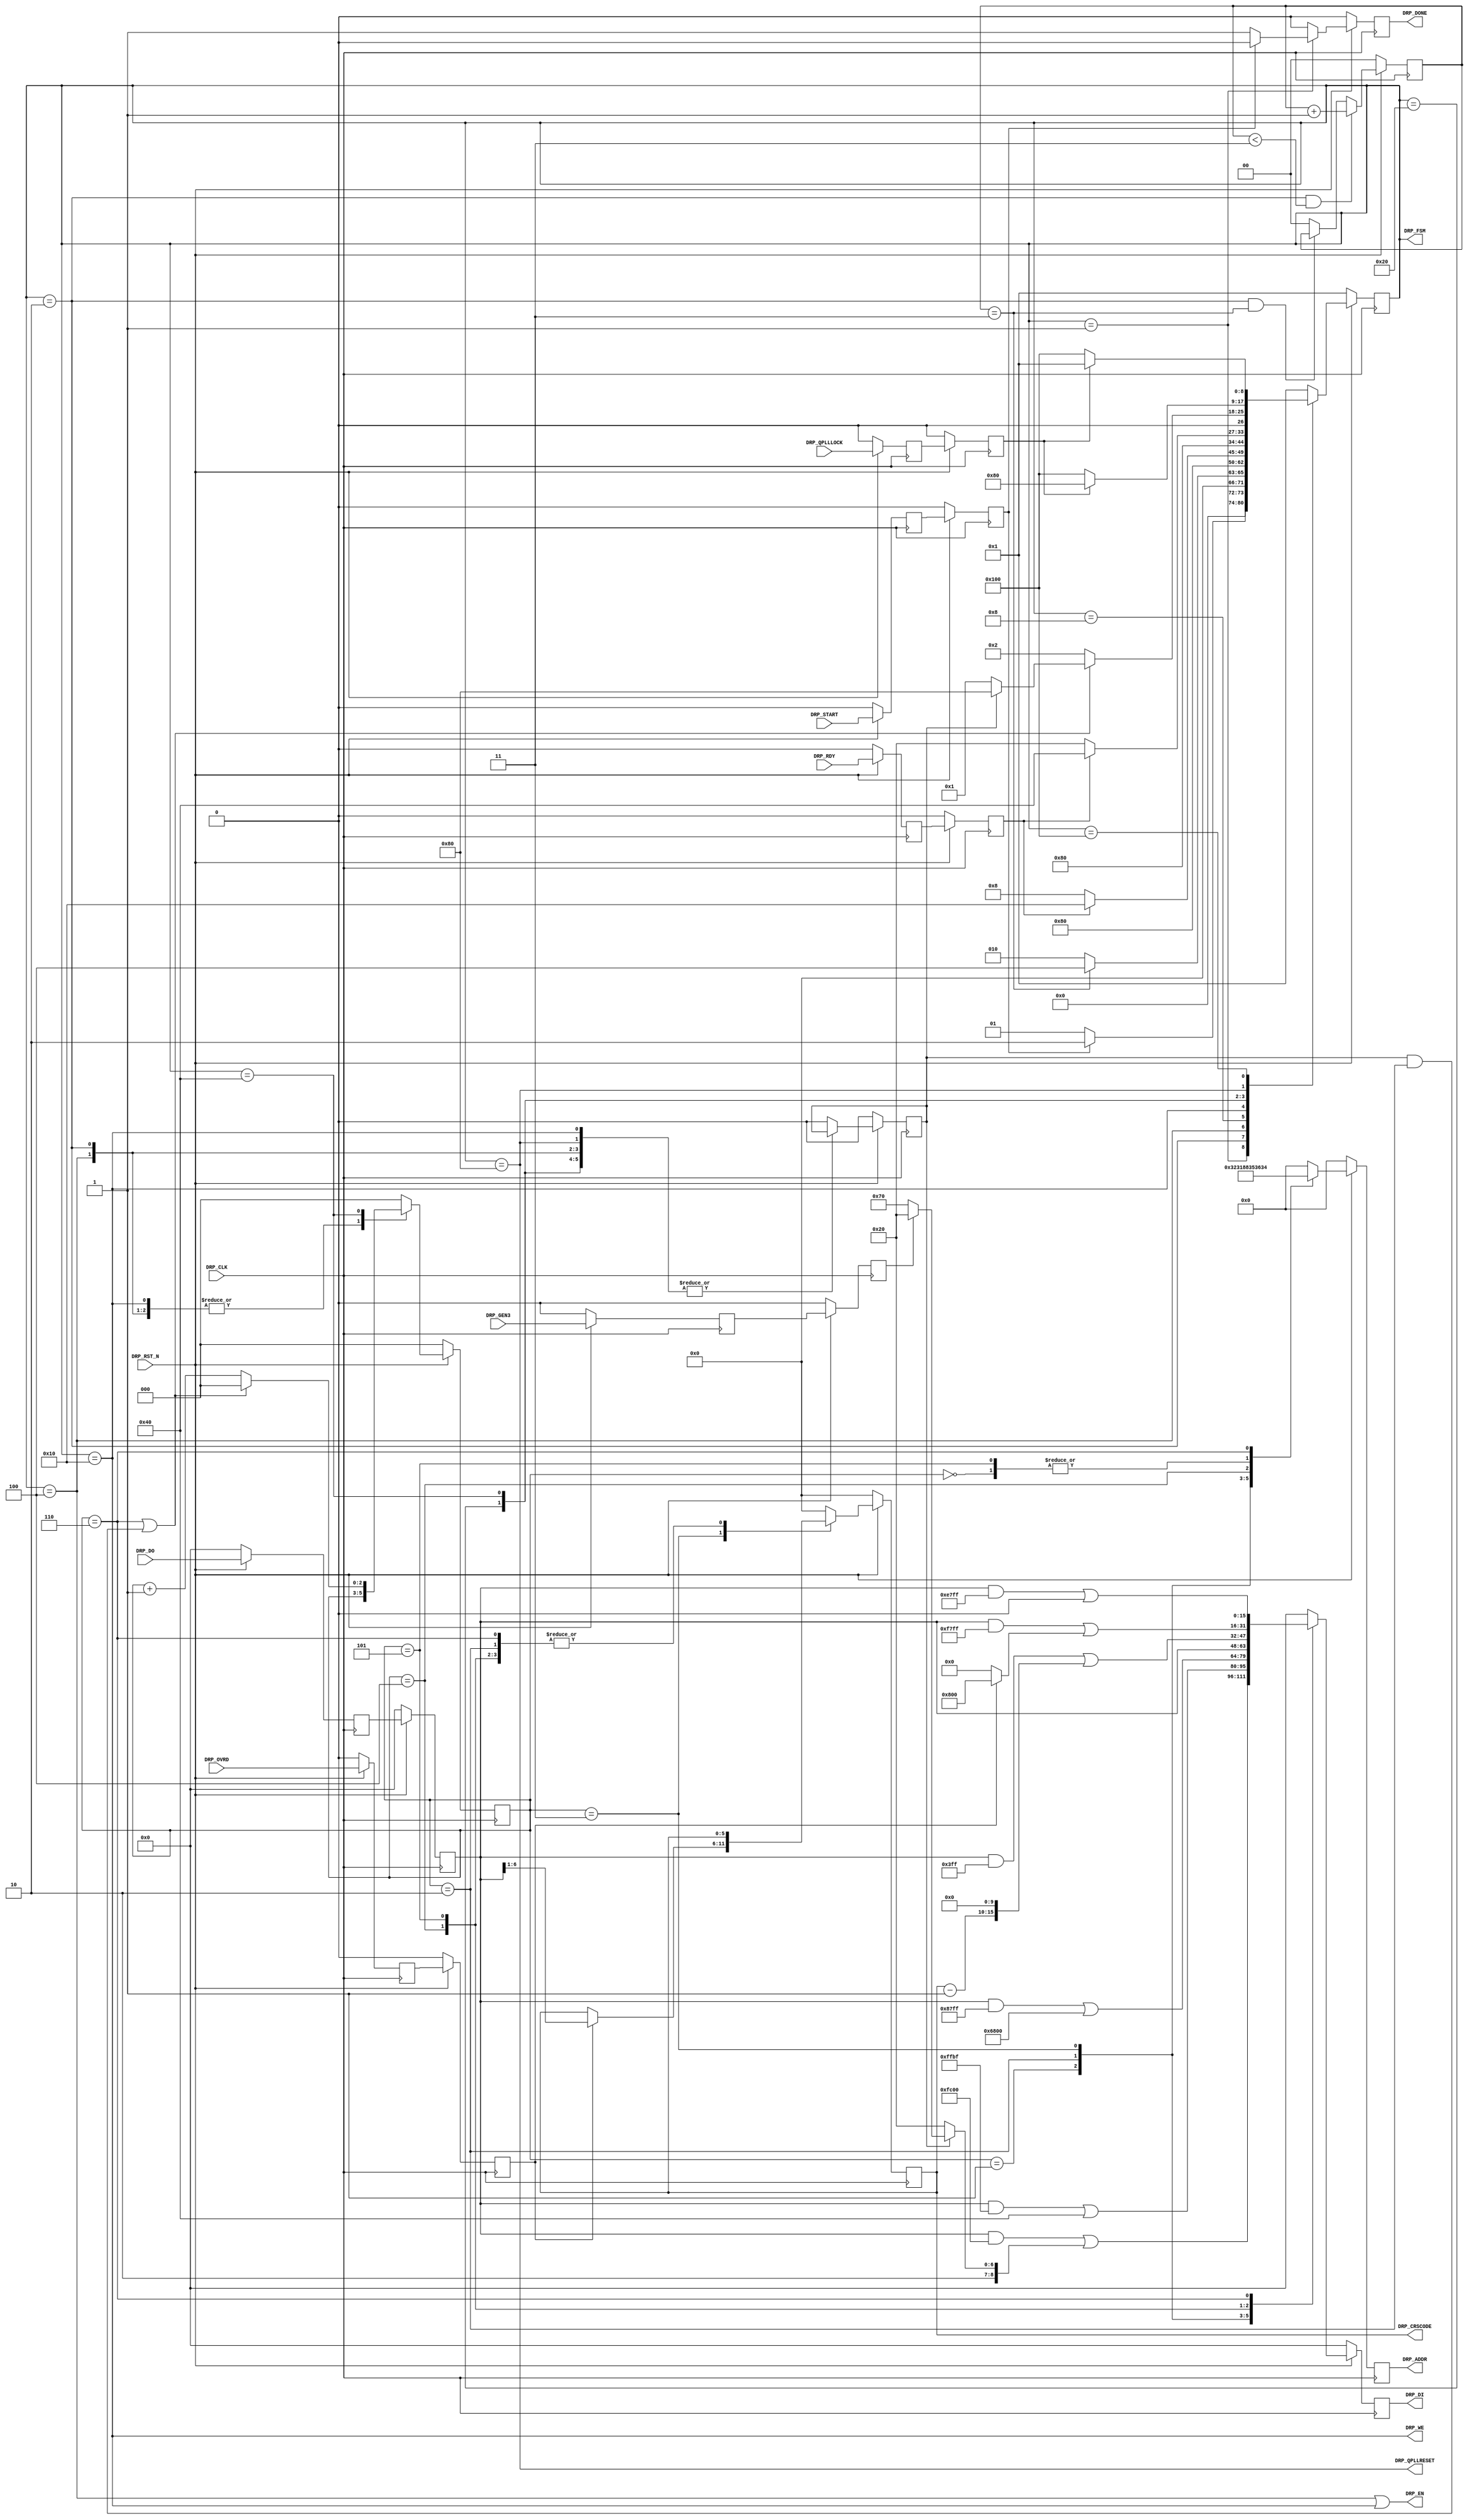
module pcie_7x_v1_11_0_qpll_drp #
(
    parameter PCIE_GT_DEVICE   = "GTX",                     // PCIe GT device
    parameter PCIE_USE_MODE    = "3.0",                     // PCIe use mode
    parameter PCIE_PLL_SEL     = "CPLL",                    // PCIe PLL select for Gen1/Gen2 only
    parameter PCIE_REFCLK_FREQ = 0,                         // PCIe reference clock frequency
    parameter LOAD_CNT_MAX     = 2'd3,                      // Load max count
    parameter INDEX_MAX        = 3'd6                       // Index max count
)
(
    input               DRP_CLK,
    input               DRP_RST_N,
    input               DRP_OVRD,
    input               DRP_GEN3,
    input               DRP_QPLLLOCK,
    input               DRP_START,
    input       [15:0]  DRP_DO,
    input               DRP_RDY,
    output      [ 7:0]  DRP_ADDR,
    output              DRP_EN,
    output      [15:0]  DRP_DI,
    output              DRP_WE,
    output              DRP_DONE,
    output              DRP_QPLLRESET,
    output      [ 5:0]  DRP_CRSCODE,
    output      [ 8:0]  DRP_FSM
);
(* ASYNC_REG = "TRUE", SHIFT_EXTRACT = "NO" *)    reg                 ovrd_reg1;
(* ASYNC_REG = "TRUE", SHIFT_EXTRACT = "NO" *)    reg                 gen3_reg1;
(* ASYNC_REG = "TRUE", SHIFT_EXTRACT = "NO" *)    reg                 qplllock_reg1;
(* ASYNC_REG = "TRUE", SHIFT_EXTRACT = "NO" *)    reg                 start_reg1;
(* ASYNC_REG = "TRUE", SHIFT_EXTRACT = "NO" *)    reg         [15:0]  do_reg1;
(* ASYNC_REG = "TRUE", SHIFT_EXTRACT = "NO" *)    reg                 rdy_reg1;
(* ASYNC_REG = "TRUE", SHIFT_EXTRACT = "NO" *)    reg                 ovrd_reg2;
(* ASYNC_REG = "TRUE", SHIFT_EXTRACT = "NO" *)    reg                 gen3_reg2;
(* ASYNC_REG = "TRUE", SHIFT_EXTRACT = "NO" *)    reg                 qplllock_reg2;
(* ASYNC_REG = "TRUE", SHIFT_EXTRACT = "NO" *)    reg                 start_reg2;
(* ASYNC_REG = "TRUE", SHIFT_EXTRACT = "NO" *)    reg         [15:0]  do_reg2;
(* ASYNC_REG = "TRUE", SHIFT_EXTRACT = "NO" *)    reg                 rdy_reg2;
    reg         [ 1:0]  load_cnt =  2'd0;
    reg         [ 2:0]  index    =  3'd0;
    reg                 mode     =  1'd0;
    reg         [ 5:0]  crscode  =  6'd0;
    reg         [ 7:0]  addr    =  8'd0;
    reg         [15:0]  di      = 16'd0;
    reg                 done    =  1'd0;
    reg         [ 8:0]  fsm     =  7'd1;
    localparam          ADDR_QPLL_FBDIV               = 8'h36;
    localparam          ADDR_QPLL_CFG                 = 8'h32;
    localparam          ADDR_QPLL_LPF                 = 8'h31;
    localparam          ADDR_CRSCODE                  = 8'h88;
    localparam          ADDR_QPLL_COARSE_FREQ_OVRD    = 8'h35;
    localparam          ADDR_QPLL_COARSE_FREQ_OVRD_EN = 8'h36;
    localparam          ADDR_QPLL_LOCK_CFG            = 8'h34;
    localparam          MASK_QPLL_FBDIV               = 16'b1111110000000000;  // Unmask bit [ 9: 0]
    localparam          MASK_QPLL_CFG                 = 16'b1111111110111111;  // Unmask bit [    6]
    localparam          MASK_QPLL_LPF                 = 16'b1000011111111111;  // Unmask bit [14:11]
    localparam          MASK_QPLL_COARSE_FREQ_OVRD    = 16'b0000001111111111;  // Unmask bit [15:10]
    localparam          MASK_QPLL_COARSE_FREQ_OVRD_EN = 16'b1111011111111111;  // Unmask bit [   11]
    localparam          MASK_QPLL_LOCK_CFG            = 16'b1110011111111111;  // Unmask bit [12:11]
    localparam          NORM_QPLL_COARSE_FREQ_OVRD    = 16'b0000000000000000;  // Coarse freq value
    localparam          NORM_QPLL_COARSE_FREQ_OVRD_EN = 16'b0000000000000000;  // Normal QPLL lock
    localparam          NORM_QPLL_LOCK_CFG            = 16'b0000000000000000;  // Normal QPLL lock config
    localparam          OVRD_QPLL_COARSE_FREQ_OVRD    = 16'b0000000000000000;  // Coarse freq value
    localparam          OVRD_QPLL_COARSE_FREQ_OVRD_EN = 16'b0000100000000000;  // Override QPLL lock
    localparam          OVRD_QPLL_LOCK_CFG            = 16'b0000000000000000;  // Override QPLL lock config
    //  N = 100 for 100 MHz ref clk and 10Gb/s line rate
    //  N =  80 for 125 MHz ref clk and 10Gb/s line rate
    //  N =  40 for 250 MHz ref clk and 10Gb/s line rate
    //  N =  80 for 100 MHz ref clk and  8Gb/s line rate
    //  N =  64 for 125 MHz ref clk and  8Gb/s line rate
    //  N =  32 for 250 MHz ref clk and  8Gb/s line rate
    localparam          QPLL_FBDIV = (PCIE_REFCLK_FREQ == 2) && (PCIE_PLL_SEL == "QPLL") ? 16'b0000000010000000 :
                                     (PCIE_REFCLK_FREQ == 1) && (PCIE_PLL_SEL == "QPLL") ? 16'b0000000100100000 :
                                     (PCIE_REFCLK_FREQ == 0) && (PCIE_PLL_SEL == "QPLL") ? 16'b0000000101110000 :
                                     (PCIE_REFCLK_FREQ == 2) && (PCIE_PLL_SEL == "CPLL") ? 16'b0000000001100000 :
                                     (PCIE_REFCLK_FREQ == 1) && (PCIE_PLL_SEL == "CPLL") ? 16'b0000000011100000 : 16'b0000000100100000;
    localparam          GEN12_QPLL_FBDIV = (PCIE_REFCLK_FREQ == 2) ? 16'b0000000010000000 :
                                           (PCIE_REFCLK_FREQ == 1) ? 16'b0000000100100000 : 16'b0000000101110000;
    localparam          GEN3_QPLL_FBDIV  = (PCIE_REFCLK_FREQ == 2) ? 16'b0000000001100000 :
                                           (PCIE_REFCLK_FREQ == 1) ? 16'b0000000011100000 : 16'b0000000100100000;
    //  QPLL_CFG[6] = 0 for upper band
    //              = 1 for lower band
    localparam          GEN12_QPLL_CFG = (PCIE_PLL_SEL == "QPLL") ? 16'b0000000000000000 : 16'b0000000001000000;
    localparam          GEN3_QPLL_CFG  = 16'b0000000001000000;
    localparam          GEN12_QPLL_LPF = (PCIE_PLL_SEL == "QPLL") ? 16'b0_0100_00000000000 : 16'b0_1101_00000000000;
    localparam          GEN3_QPLL_LPF  = 16'b0_1101_00000000000;
    wire        [15:0]  data_qpll_fbdiv;
    wire        [15:0]  data_qpll_cfg;
    wire        [15:0]  data_qpll_lpf;
    wire        [15:0]  data_qpll_coarse_freq_ovrd;
    wire        [15:0]  data_qpll_coarse_freq_ovrd_en;
    wire        [15:0]  data_qpll_lock_cfg;
    localparam          FSM_IDLE      = 9'b000000001;
    localparam          FSM_LOAD      = 9'b000000010;
    localparam          FSM_READ      = 9'b000000100;
    localparam          FSM_RRDY      = 9'b000001000;
    localparam          FSM_WRITE     = 9'b000010000;
    localparam          FSM_WRDY      = 9'b000100000;
    localparam          FSM_DONE      = 9'b001000000;
    localparam          FSM_QPLLRESET = 9'b010000000;
    localparam          FSM_QPLLLOCK  = 9'b100000000;
always @ (posedge DRP_CLK)
begin
    if (!DRP_RST_N)
        begin
        ovrd_reg1     <=  1'd0;
        gen3_reg1     <=  1'd0;
        qplllock_reg1 <=  1'd0;
        start_reg1    <=  1'd0;
        do_reg1       <= 16'd0;
        rdy_reg1      <=  1'd0;
        ovrd_reg2     <=  1'd0;
        gen3_reg2     <=  1'd0;
        qplllock_reg2 <=  1'd0;
        start_reg2    <=  1'd0;
        do_reg2       <= 16'd0;
        rdy_reg2      <=  1'd0;
        end
    else
        begin
        ovrd_reg1     <= DRP_OVRD;
        gen3_reg1     <= DRP_GEN3;
        qplllock_reg1 <= DRP_QPLLLOCK;
        start_reg1    <= DRP_START;
        do_reg1       <= DRP_DO;
        rdy_reg1      <= DRP_RDY;
        ovrd_reg2     <= ovrd_reg1;
        gen3_reg2     <= gen3_reg1;
        qplllock_reg2 <= qplllock_reg1;
        start_reg2    <= start_reg1;
        do_reg2       <= do_reg1;
        rdy_reg2      <= rdy_reg1;
        end
end
assign data_qpll_fbdiv               = (gen3_reg2) ? GEN3_QPLL_FBDIV : GEN12_QPLL_FBDIV;
assign data_qpll_cfg                 = (gen3_reg2) ? GEN3_QPLL_CFG   : GEN12_QPLL_CFG;
assign data_qpll_lpf                 = (gen3_reg2) ? GEN3_QPLL_LPF   : GEN12_QPLL_LPF;
assign data_qpll_coarse_freq_ovrd    =  NORM_QPLL_COARSE_FREQ_OVRD;
assign data_qpll_coarse_freq_ovrd_en = (ovrd_reg2) ? OVRD_QPLL_COARSE_FREQ_OVRD_EN : NORM_QPLL_COARSE_FREQ_OVRD_EN;
assign data_qpll_lock_cfg            = (ovrd_reg2) ? OVRD_QPLL_LOCK_CFG            : NORM_QPLL_LOCK_CFG;
always @ (posedge DRP_CLK)
begin
    if (!DRP_RST_N)
        load_cnt <= 2'd0;
    else
        if ((fsm == FSM_LOAD) && (load_cnt < LOAD_CNT_MAX))
            load_cnt <= load_cnt + 2'd1;
        else if ((fsm == FSM_LOAD) && (load_cnt == LOAD_CNT_MAX))
            load_cnt <= load_cnt;
        else
            load_cnt <= 2'd0;
end
always @ (posedge DRP_CLK)
begin
    if (!DRP_RST_N)
        begin
        addr    <=  8'd0;
        di      <= 16'd0;
        crscode <=  6'd0;
        end
    else
        begin
        case (index)
        3'd0 :
            begin
            addr    <= ADDR_QPLL_FBDIV;
            di      <= (do_reg2 & MASK_QPLL_FBDIV) | (mode ? data_qpll_fbdiv : QPLL_FBDIV);
            crscode <= crscode;
            end
        3'd1 :
            begin
            addr    <= ADDR_QPLL_CFG;
            if (PCIE_GT_DEVICE == "GTX")
                di <= (do_reg2 & MASK_QPLL_CFG) | data_qpll_cfg;
            else
                di <= (do_reg2 & 16'hFFFF) | data_qpll_cfg;
            crscode <= crscode;
            end
        3'd2 :
            begin
            addr    <= ADDR_QPLL_LPF;
            if (PCIE_GT_DEVICE == "GTX")
                di <= (do_reg2 & MASK_QPLL_LPF) | data_qpll_lpf;
            else
                di <= (do_reg2 & 16'hFFFF) | data_qpll_lpf;
            crscode <= crscode;
            end
        3'd3 :
            begin
            addr <= ADDR_CRSCODE;
            di   <= do_reg2;
            if (ovrd_reg2)
                crscode <= do_reg2[6:1];
            else
                crscode <= crscode;
            end
        3'd4 :
            begin
            addr    <= ADDR_QPLL_COARSE_FREQ_OVRD;
            di      <= (do_reg2 & MASK_QPLL_COARSE_FREQ_OVRD) | {(crscode - 6'd1), data_qpll_coarse_freq_ovrd[9:0]};
            crscode <= crscode;
            end
        3'd5 :
            begin
            addr    <= ADDR_QPLL_COARSE_FREQ_OVRD_EN;
            di      <= (do_reg2 & MASK_QPLL_COARSE_FREQ_OVRD_EN) | data_qpll_coarse_freq_ovrd_en;
            crscode <= crscode;
            end
        3'd6 :
            begin
            addr    <= ADDR_QPLL_LOCK_CFG;
            di      <= (do_reg2 & MASK_QPLL_LOCK_CFG) | data_qpll_lock_cfg;
            crscode <= crscode;
            end
        default :
            begin
            addr    <=  8'd0;
            di      <= 16'd0;
            crscode <=  6'd0;
            end
        endcase
        end
end
always @ (posedge DRP_CLK)
begin
    if (!DRP_RST_N)
        begin
        fsm   <= FSM_IDLE;
        index <= 3'd0;
        mode  <= 1'd0;
        done  <= 1'd0;
        end
    else
        begin
        case (fsm)
        FSM_IDLE :
            begin
            if (start_reg2)
                begin
                fsm   <= FSM_LOAD;
                index <= 3'd0;
                mode  <= 1'd0;
                done  <= 1'd0;
                end
            else if ((gen3_reg2 != gen3_reg1) && (PCIE_PLL_SEL == "QPLL"))
                begin
                fsm   <= FSM_LOAD;
                index <= 3'd0;
                mode  <= 1'd1;
                done  <= 1'd0;
                end
            else
                begin
                fsm   <= FSM_IDLE;
                index <= 3'd0;
                mode  <= 1'd0;
                done  <= 1'd1;
                end
            end
        FSM_LOAD :
            begin
            fsm   <= (load_cnt == LOAD_CNT_MAX) ? FSM_READ : FSM_LOAD;
            index <= index;
            mode  <= mode;
            done  <= 1'd0;
            end
        FSM_READ :
            begin
            fsm   <= FSM_RRDY;
            index <= index;
            mode  <= mode;
            done  <= 1'd0;
            end
        FSM_RRDY :
            begin
            fsm   <= (rdy_reg2 ? FSM_WRITE : FSM_RRDY);
            index <= index;
            mode  <= mode;
            done  <= 1'd0;
            end
        FSM_WRITE :
            begin
            fsm   <= FSM_WRDY;
            index <= index;
            mode  <= mode;
            done  <= 1'd0;
            end
        FSM_WRDY :
            begin
            fsm   <= (rdy_reg2 ? FSM_DONE : FSM_WRDY);
            index <= index;
            mode  <= mode;
            done  <= 1'd0;
            end
        FSM_DONE :
            begin
            if ((index == INDEX_MAX) || (mode && (index == 3'd2)))
                begin
                fsm   <= mode ? FSM_QPLLRESET : FSM_IDLE;
                index <= 3'd0;
                mode  <= mode;
                done  <= 1'd0;
                end
            else
                begin
                fsm   <= FSM_LOAD;
                index <= index + 3'd1;
                mode  <= mode;
                done  <= 1'd0;
                end
            end
        FSM_QPLLRESET :
            begin
            fsm   <= !qplllock_reg2 ? FSM_QPLLLOCK : FSM_QPLLRESET;
            index <= 3'd0;
            mode  <= mode;
            done  <= 1'd0;
            end
        FSM_QPLLLOCK :
            begin
            fsm   <= qplllock_reg2 ? FSM_IDLE : FSM_QPLLLOCK;
            index <= 3'd0;
            mode  <= mode;
            done  <= 1'd0;
            end
        default :
            begin
            fsm   <= FSM_IDLE;
            index <= 3'd0;
            mode  <= 1'd0;
            done  <= 1'd0;
            end
        endcase
        end
end
assign DRP_ADDR      = addr;
assign DRP_EN        = (fsm == FSM_READ) || (fsm == FSM_WRITE);
assign DRP_DI        = di;
assign DRP_WE        = (fsm == FSM_WRITE); // || (fsm == FSM_WRDY);
assign DRP_DONE      = done;
assign DRP_QPLLRESET = (fsm == FSM_QPLLRESET);
assign DRP_CRSCODE   = crscode;
assign DRP_FSM       = fsm;
endmodule